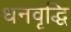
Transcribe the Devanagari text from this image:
धनवृद्धि